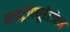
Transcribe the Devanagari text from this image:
नाइट्रोफ्यूरेटॉएन